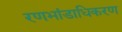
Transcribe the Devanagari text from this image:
रणभांडाधिकरण